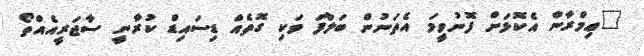
"ޢިމްރާން އެކޮޅަށް ފޮނުވީމަ އެތަނުން ބަލާފަ ވަކި ގޮތެއް ޑިސައިޑް ކުރާނީ ސާޖަރީއެއްތޯ